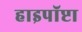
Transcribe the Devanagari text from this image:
हाइपॉप्टा